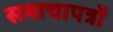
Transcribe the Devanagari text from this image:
समाचापत्रों